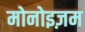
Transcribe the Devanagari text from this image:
मोनोइज़म